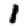
Digit: 1